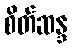
စိတ်ဆန္ဒ